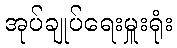
အုပ်ချုပ်ရေးမှူးရုံး